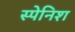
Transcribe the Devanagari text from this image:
स्‍पेनिश्‍ा